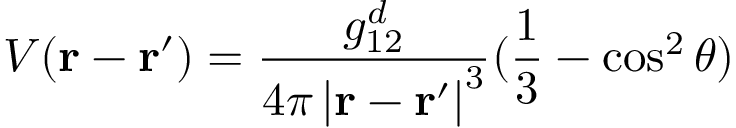
V ( \mathbf { r - r ^ { \prime } } ) = \frac { g _ { 1 2 } ^ { d } } { 4 \pi \left| \mathbf { r - r ^ { \prime } } \right| ^ { 3 } } ( \frac { 1 } { 3 } - \cos ^ { 2 } \theta )